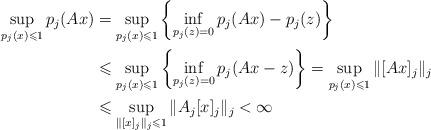
LaTeX: \begin{align*}\sup_{p_j(x) \leqslant 1} p_j(Ax) &= \sup_{p_j(x) \leqslant 1}\left \{ \inf_{p_j(z)=0} p_j(Ax) - p_j(z) \right \}\\ & \leqslant \sup_{p_j(x) \leqslant 1}\left \{ \inf_{p_j(z)=0} p_j(Ax - z)\right \} = \sup_{p_j(x) \leqslant 1} \| [Ax]_j \|_j \\ & \leqslant \sup_{\| [x]_j \|_j \leqslant 1} \| A_j [x]_j \|_j < \infty\end{align*}